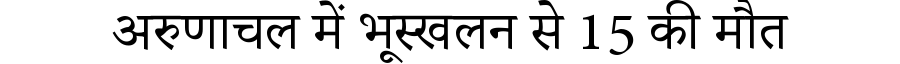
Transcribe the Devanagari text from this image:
अरुणाचल में भूस्खलन से 15 की मौत